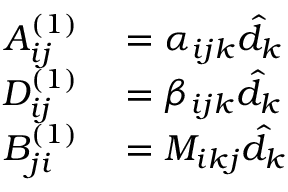
\begin{array} { r l } { A _ { i j } ^ { ( 1 ) } } & { { } = \alpha _ { i j k } \hat { d } _ { k } } \\ { D _ { i j } ^ { ( 1 ) } } & { { } = \beta _ { i j k } \hat { d } _ { k } } \\ { B _ { j i } ^ { ( 1 ) } } & { { } = M _ { i k j } \hat { d } _ { k } } \end{array}